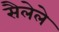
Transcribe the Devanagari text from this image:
सैलेले